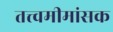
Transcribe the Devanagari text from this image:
तत्त्वमीमांसक